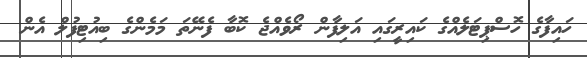
ހައިފާގެ ހޮސްޕިޓަލެއްގެ ކައިރީގައި އަލިފާން ރޯވެއްޖެ ކޮބާ ފެނޭތަ މަމެންގެ ބިއުޓިފުލް އެން